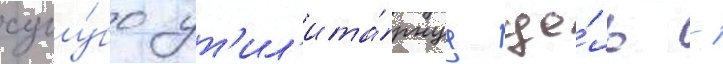
сугу́бо ут'ил'ита́рнуу це́ль -